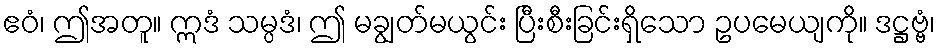
ဧဝံ၊ ဤအတူ။ ဣဒံ သမ္ပဒံ၊ ဤ မချွတ်မယွင်း ပြီးစီးခြင်းရှိသော ဥပမေယျကို။ ဒဋ္ဌဗ္ဗံ၊